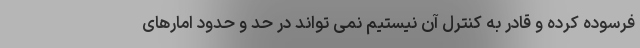
فرسوده کرده و قادر به کنترل آن نیستیم نمی تواند در حد و حدود امارهای